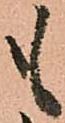
も